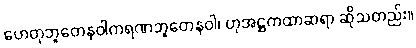
ဟေတုဘူတေနဝါကရဏဘူတေနဝါ၊ ဟုအဋ္ဌကထာဆရာ ဆိုသတည်း။